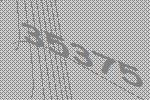
35375